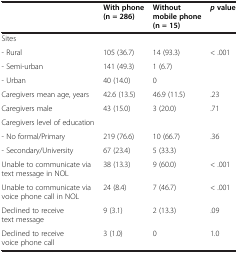
|  | With phone (n = 286) | Without mobile phone (n = 15) | pvalue |
 | --- | --- | --- | --- |
 | Sites |  |  |  |
 | - Rural | 105 (36.7) | 14 (93.3) | <ROWSPAN=3> < .001 |
 | - Semi-urban | 141 (49.3) | 1 (6.7) |
 | - Urban | 40 (14.0) | 0 |
 | Caregivers mean age, years | 42.6 (13.5) | 46.9 (11.5) | .23 |
 | Caregivers male | 43 (15.0) | 3 (20.0) | .71 |
 | Caregivers level of education |  |  |  |
 | - No formal/Primary | 219 (76.6) | 10 (66.7) | <ROWSPAN=2> .36 |
 | - Secondary/University | 67 (23.4) | 5 (33.3) |
 | Unable to communicate via text message in NOL | 38 (13.3) | 9 (60.0) | < .001 |
 | Unable to communicate via voice phone call in NOL | 24 (8.4) | 7 (46.7) | < .001 |
 | Declined to receive text message | 9 (3.1) | 2 (13.3) | .09 |
 | Declined to receive voice phone call | 3 (1.0) | 0 | 1.0 |